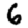
Digit: 6